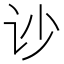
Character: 𰵏